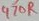
Text: 476R